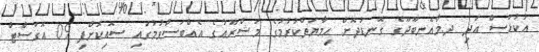
އުކުޅަސް އަދި ދ.މާއެނބޫދޫގެ ގޮނޑުދޮށް ޙިމާޔަތްކުރުމުގެ މަޝްރޫޢުގެ އެއްބަސްވުމުގައި ސޮއިކޮށްފި 09 އޮގަސްޓް